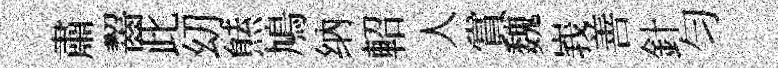
肅齧此㓜㷱鳩纳軺人賞魏峩善針匀